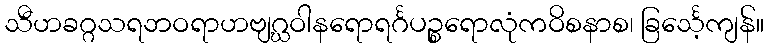
သီဟခဂ္ဂသရဘဝရာဟဗျဂ္ဃဝါနရောရင်္ဂပဉ္စရောလုံကဝိစနာစ၊ ခြင်္သေ့ကျန်။